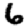
Digit: 6